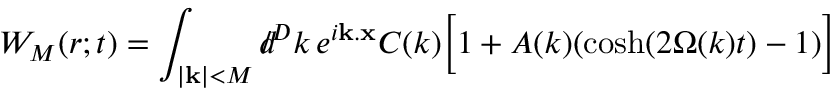
W _ { M } ( r ; t ) = \int _ { | { \bf k } | < M } d \! \! \! / ^ { D } k \, e ^ { i { \bf k } . { \bf x } } { \cal C } ( k ) \biggl [ 1 + A ( k ) ( \cosh ( 2 \Omega ( k ) t ) - 1 ) \biggr ]